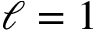
\ell = 1